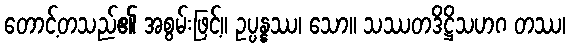
တောင့်တသည်၏ အစွမ်းဖြင့်။ ဥပ္ပန္နဿ၊ သော။ သဿတဒိဋ္ဌိသဟဂ တဿ၊